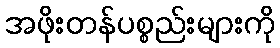
အဖိုးတန်ပစ္စည်းများကို